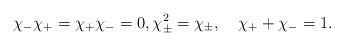
LaTeX: \begin{align*}\chi_-\chi_+=\chi_+\chi_-=0,\chi^2_\pm=\chi_\pm,\quad\chi_++\chi_-=1.\end{align*}